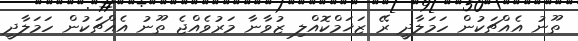
ތޫނު އެއްޗަކުން ހަމަލާދީ ރޭ ޒަޚަމްކޮއްލި ޒުވާނާ މަރުވެއްޖެ ތޫނު އެއްޗަކުން ހަމަލާދީ